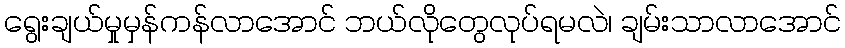
ရွေးချယ်မှုမှန်ကန်လာအောင် ဘယ်လိုတွေလုပ်ရမလဲ၊ ချမ်းသာလာအောင်